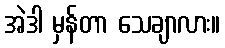
အဲဒါ မှန်တာ သေချာလား။